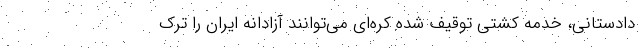
دادستانی، خدمه کشتی توقیف شده کره‌ای می‌توانند آزادانه ایران را ترک